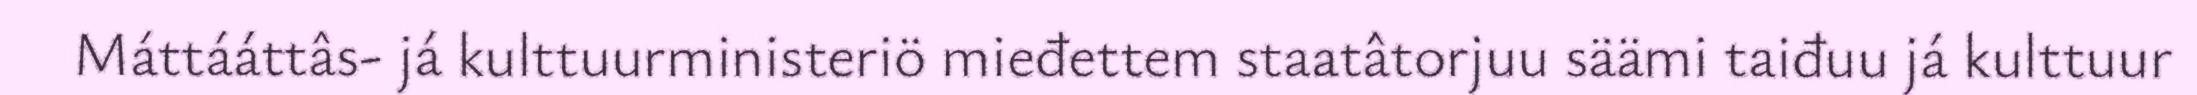
Máttááttâs- já kulttuurministeriö mieđettem staatâtorjuu säämi taiđuu já kulttuur